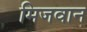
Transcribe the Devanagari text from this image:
मिजवान